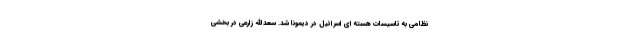
نظامی به تاسیسات هسته ای اسرائیل در دیمونا شد. سعدالله زارعی در بخشی